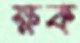
ক্ষক